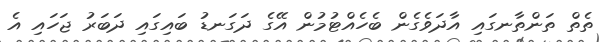
ތެތް ތަންތާނގައި އާދަވެގެން ބެހެއްޓުމުން އޭގެ ދަގަނޑު ބައިގައި ދަބަރު ޖަހައި އެ